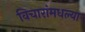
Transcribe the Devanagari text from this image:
विचारांमधल्या